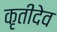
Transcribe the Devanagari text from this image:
कृतीदेव